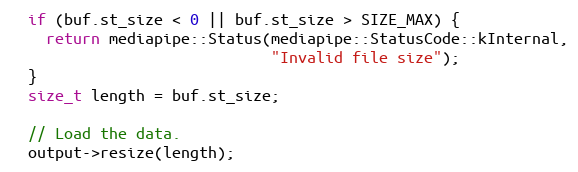
Language: C++
  if (buf.st_size < 0 || buf.st_size > SIZE_MAX) {
    return mediapipe::Status(mediapipe::StatusCode::kInternal,
                             "Invalid file size");
  }
  size_t length = buf.st_size;

  // Load the data.
  output->resize(length);